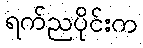
ရက်ညပိုင်းက